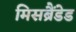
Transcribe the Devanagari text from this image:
मिसब्रैंडेड